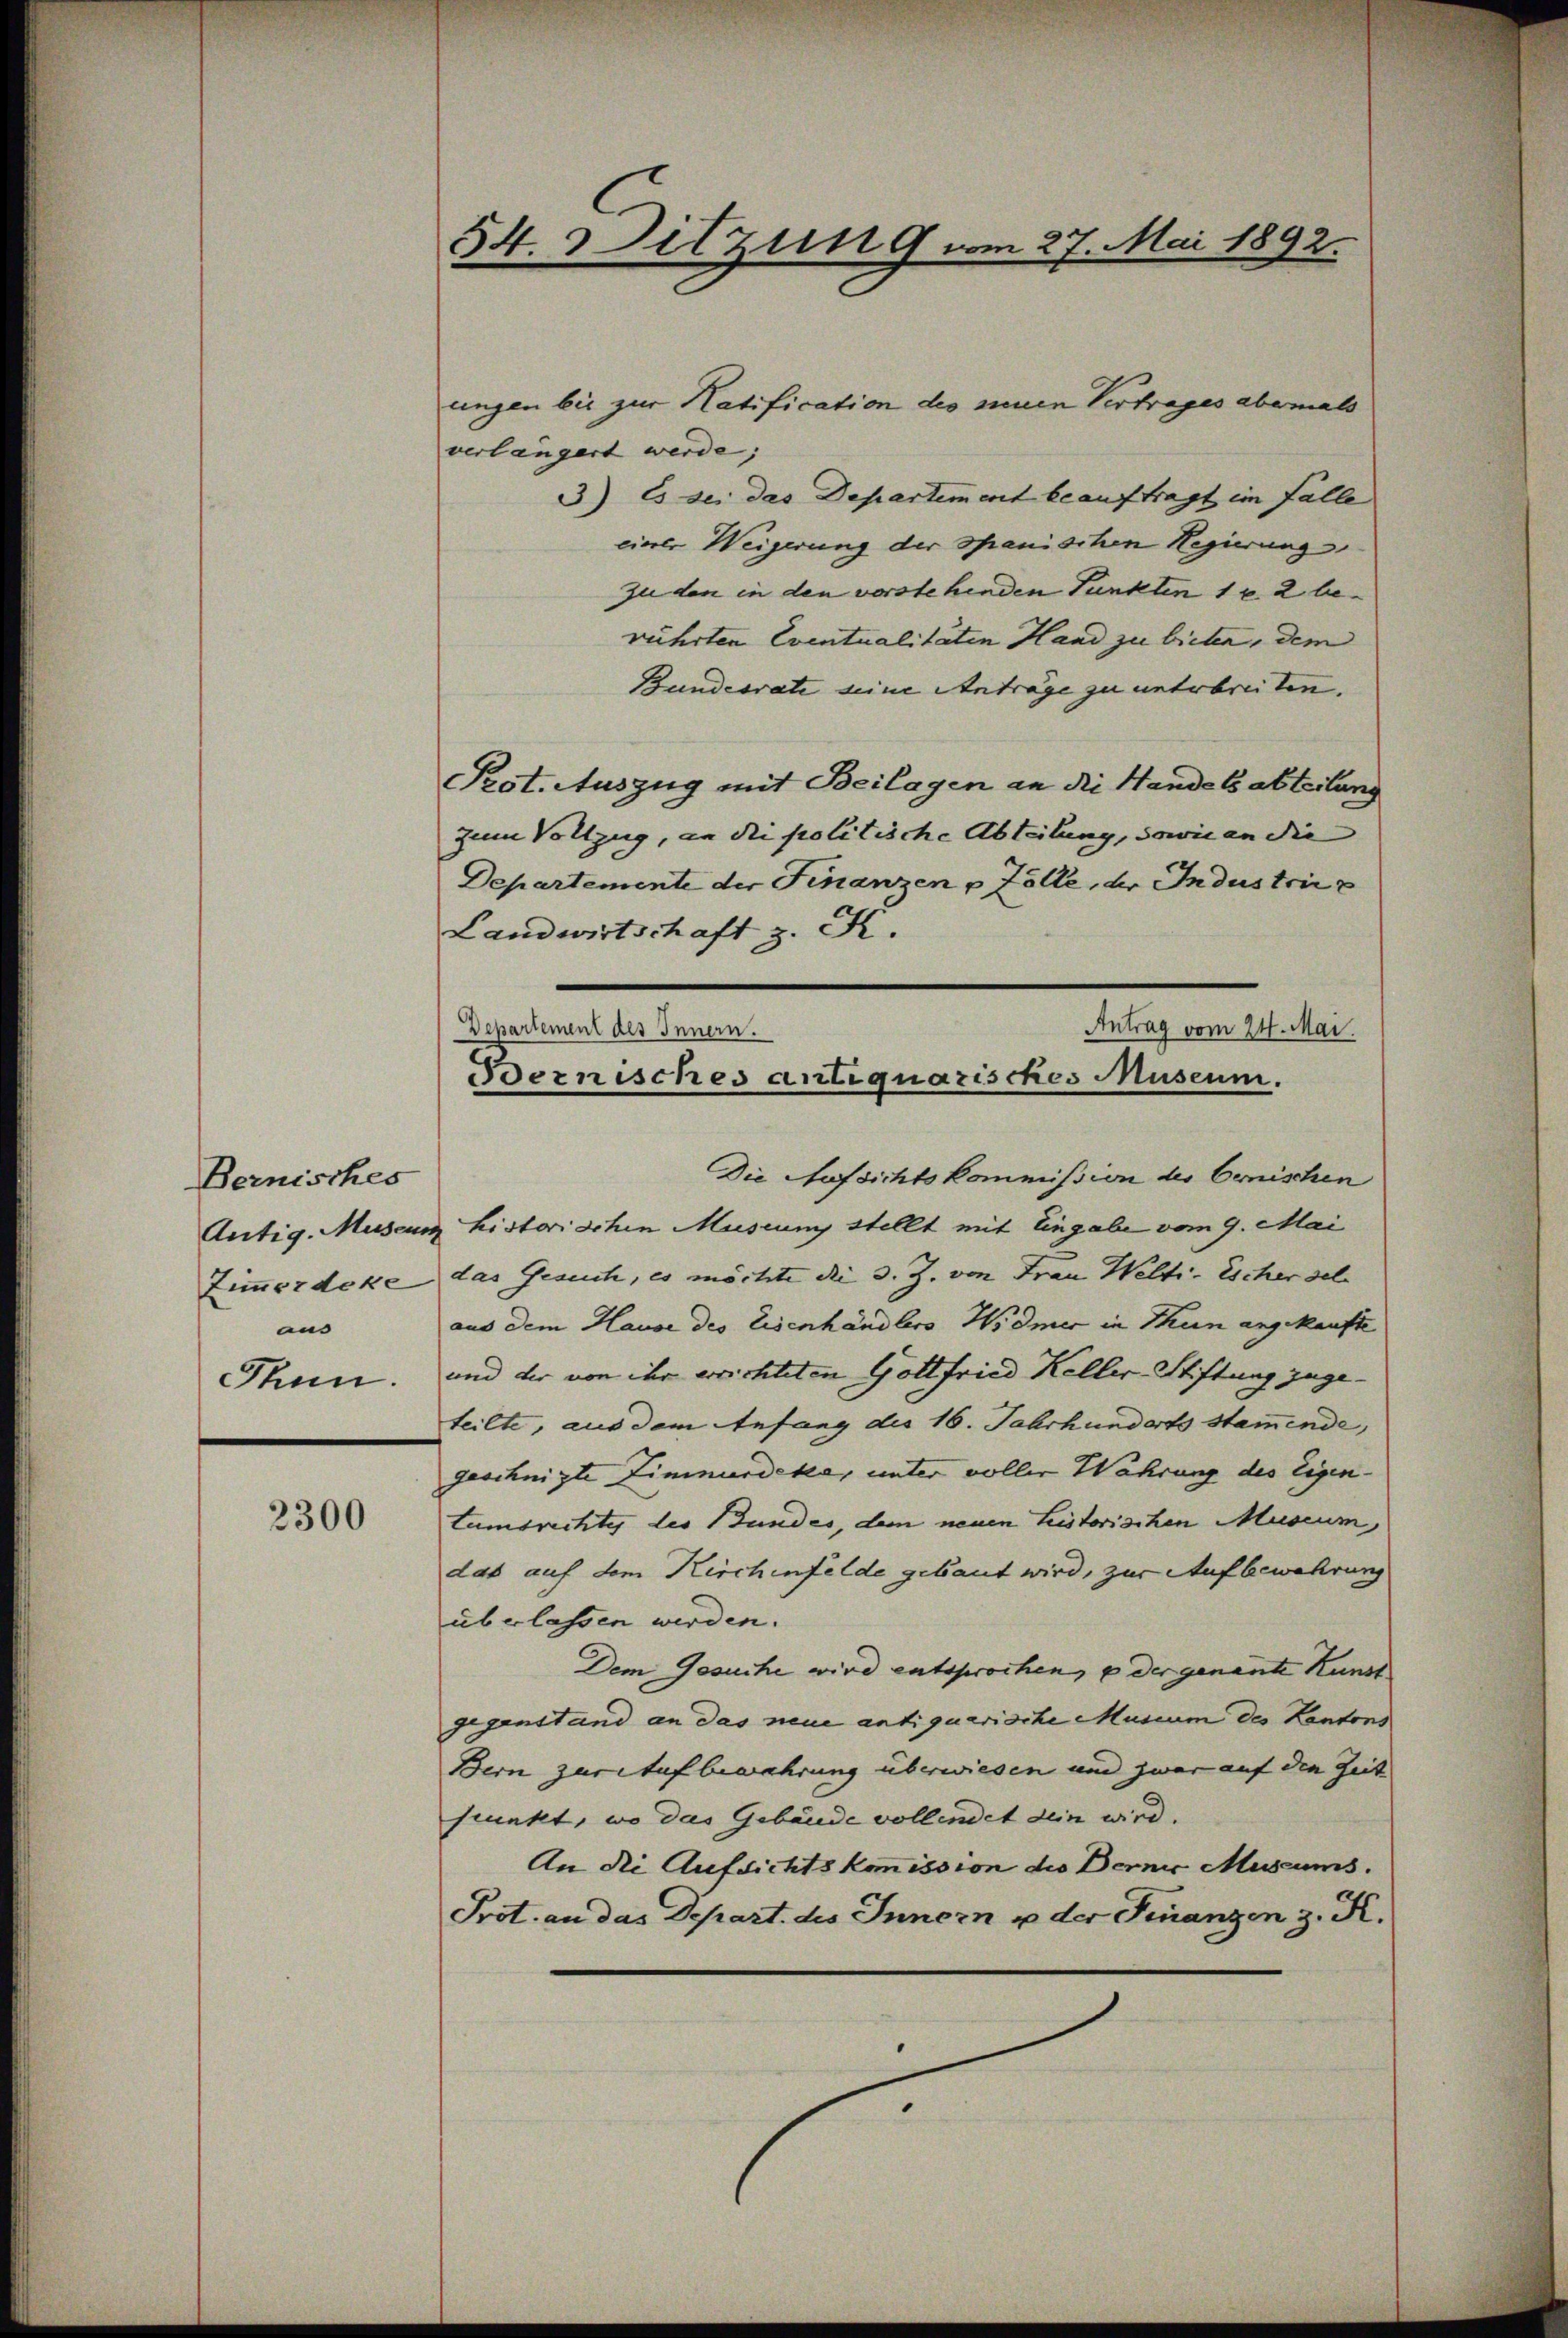
Bernisches
Antig. Museu
Zimmerdeke
aus
Thun.

2300

54. Sitzung vom 27. Mai 1892.

ungen bis zur Hatification des neuen Vertrages abermals
verlängert werde; |
3) Es sei das Departement beauftragt im Falle
cierer Weigerung der Spanischen Regierung
zu den in den verstehenden Punkten 1 u. 2 be-
rührten Eventualitäten Hand zu bieten, dem
Bundesrate eine Anträge zu unterbreiten.
Prot. Auszug mit Beilagen an die Handelsabteilung
zum Vollzug, an die politische Abteilung, sowie an die
Departemente der Finanzen u Zolle, der Industrie
Landwirtschaft z. K.
Die Aufsichtskommission des Oenischen
u Listorischen Museum stellt mit Eingabe vom 9. Mai
das Gesuch, es möchte die d. Z. von Frau Welti. Escher sel.
aus dem Hause des Eisenhändlers Widmer in Thun angekaufte
und der von ihr errichteten Gottfried Keller Stiftung zuge-
teilte, aus dem Anfang des 16. Jahrhunderts Stammende,
geschnizte Zimmerdeka, unter voller Währung des Eigen-
tumsrechte des Bundes, dem neuen Leistorischen Museum,
das auf dem Kirchenfelde gebaut wird, zur Aufbewahrung
überlassen werden.
Dem Gesuche wird entsprochen, u der genante Kunst
gegenstand an das neue antiquarische Museum des Kantons
Bern zuretufbewahrung überwiesen und zwar auf die Zeit
spunkt, wo das Gebäude vollendet dein wird.
An die Aufsichtskommission die Berner Museums.
Prot. an das Depart. des Innern u der Finanzen z. K.

Antrag vom 24. Mai.
Departement des Innern.
Bernisches antiquarisches Museum.